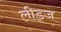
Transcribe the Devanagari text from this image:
लीड्ज